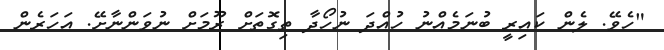
"ހެވޭ. ލެން ކައިރީ ބުނަމެއްނު ހުއްދަ ނުހޯދާ ތިގޮތަށް ރޫމަށް ނުވަންނާށޭ. އަހަރެން